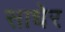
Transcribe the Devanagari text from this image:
साधेर